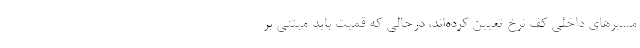
مسیرهای داخلی کف نرخ تعیین کرده‌اند، درحالی که قمیت باید مبتنی بر